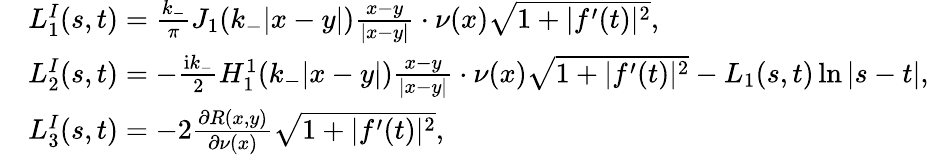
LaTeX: \begin{array}{rl}&{L_{1}^{I}(s,t)=\frac{k_{-}}{\pi}J_{1}(k_{-}|x-y|)\frac{x-y}{|x-y|}\cdot{\nu}(x)\sqrt{1+|f^{\prime}(t)|^{2}},}\\ &{L_{2}^{I}(s,t)=-\frac{\textrm{i}k_{-}}{2}H_{1}^{1}(k_{-}|x-y|)\frac{x-y}{|x-y|}\cdot{\nu}(x)\sqrt{1+|f^{\prime}(t)|^{2}}-L_{1}(s,t)\ln|s-t|,}\\ &{L_{3}^{I}(s,t)=-2\frac{\partial R(x,y)}{\partial\nu(x)}\sqrt{1+|f^{\prime}(t)|^{2}},}\end{array}